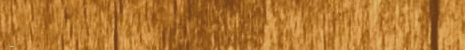
صيدلية الصفا: دوائكم ومست